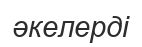
әкелерді